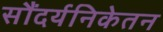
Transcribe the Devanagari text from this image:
सौंदर्यनिकेतन